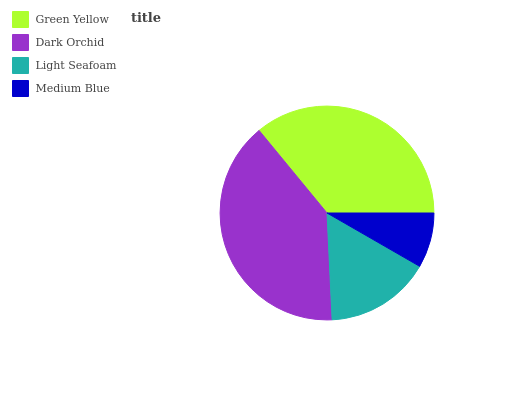
| Green Yellow | Dark Orchid | Light Seafoam | Medium Blue |
 | --- | --- | --- | --- |
 | 36% | 39.8% | 15.9% | 8.31% |